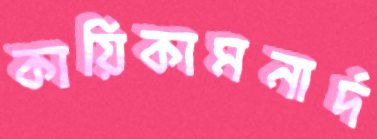
কায়িকামনার্দ